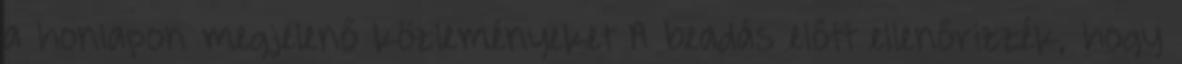
a honlapon megjelenő közleményeket A beadás előtt ellenőrizzék, hogy